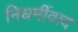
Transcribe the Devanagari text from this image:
निधर्मीवाद